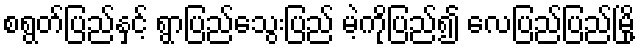
စရွတ်ပြည်နှင့် ရွာပြည်သွေးပြည် မဲ့ကိုပြည်၍ လေပြည်ပြည်မြို့